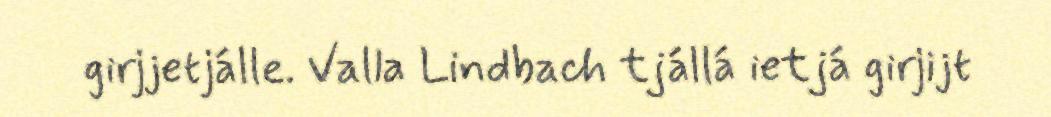
girjjetjálle. Valla Lindbach tjállá ietjá girjijt